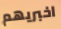
اخبريهم